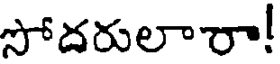
సోదరులారా!